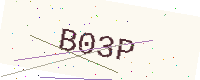
Text: B03P